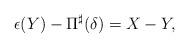
LaTeX: \begin{align*}\epsilon(Y)-\Pi^{\sharp}(\delta)=X-Y,\end{align*}